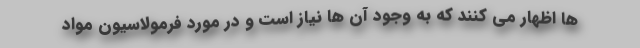
ها اظهار می کنند که به وجود آن ها نیاز است و در مورد فرمولاسیون مواد